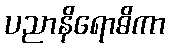
ပညာနိရောဓိကာ